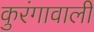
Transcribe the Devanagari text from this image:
कुरंगावाली